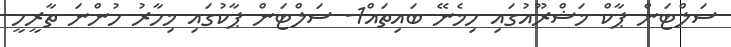
ސަލްޓަން ޕާކް މަޝްރޫއުގައި ހިމެނޭ ބައިތައް1- ސަލްޓަން ޕާކުގައި މިހާރު ހުންނަ ތާރީހީ